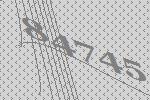
84745